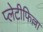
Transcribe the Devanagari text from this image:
प्लेटीफिल्ला